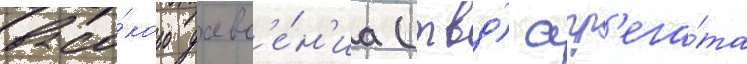
высо́кого давл'е́н'иа (твд) агр'ега́та